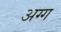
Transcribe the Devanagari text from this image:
अग्ग